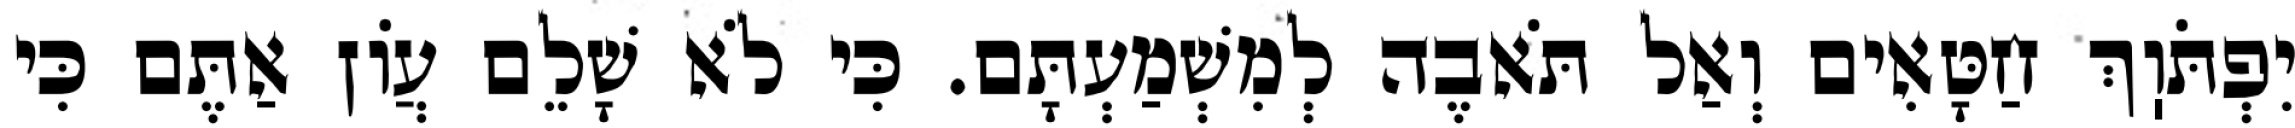
יִפְתֹּוֽךְ חַטָּאִים וְאַל תֹּאבֶה לְמִשְׁמַעְתָּם. כִּי לֹא שָׁלֵם עֲוֹן אַתֶּם כִּי